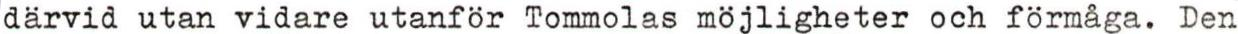
därvid utan vidare utanför Tommolas möjligheter och förmåga. Den